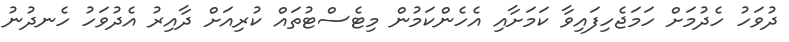
ދުވަހު ހެދުމަށް ހަމަޖެހިފައިވާ ކަމަށާއި އެހެންކަމުން މިޓެސްޓުތައް ކުރިއަށް ދާއިރު އެދުވަހު ހެނދުނު